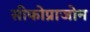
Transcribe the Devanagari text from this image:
सीफोप्राजोन